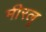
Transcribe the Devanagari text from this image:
मीरलू